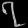
Digit: ၇